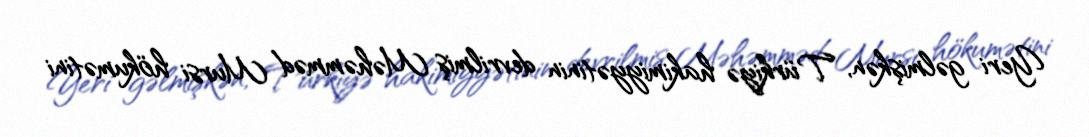
Yeri gəlmişkən, Türkiyə hakimiyyətinin devrilmiş Məhəmməd Mursi hökumətini